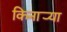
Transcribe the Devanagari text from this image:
किनार्‍या